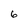
Character: 6